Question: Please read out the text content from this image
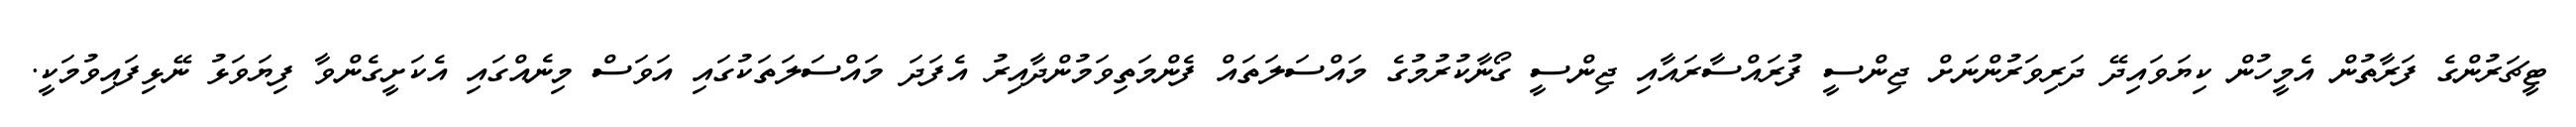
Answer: ޓީޗަރުންގެ ފަރާތުން އެމީހުން ކިޔަވައިދޭ ދަރިވަރުންނަށް ޖިންސީ ފުރައްސާރައާއި ޖިންސީ ގޯނާކުރުމުގެ މައްސަލަތައް ފެންމަތިވަމުންދާއިރު އެފަދަ މައްސަލަތަކުގައި އަވަސް މިނެއްގައި އެކަށީގެންވާ ފިޔަވަޅު ނޭޅިފައިވުމަކީ.